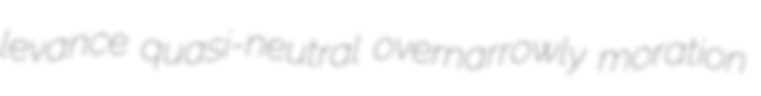
levance quasi-neutral overnarrowly moration